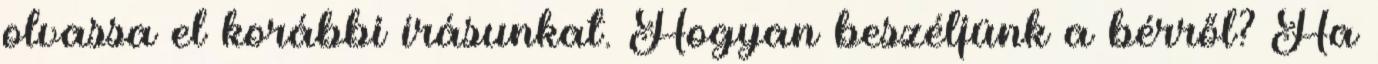
olvassa el korábbi írásunkat. Hogyan beszéljünk a bérről? Ha